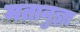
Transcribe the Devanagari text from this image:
मतानुज्ञा